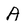
Character: A